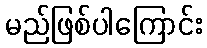
မည်ဖြစ်ပါကြောင်း